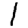
Digit: 1